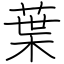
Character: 葉